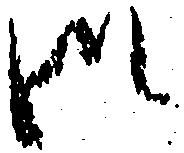
御